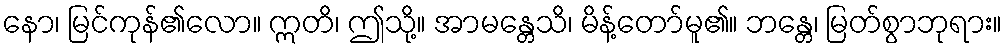
နော၊ မြင်ကုန်၏လော။ ဣတိ၊ ဤသို့။ အာမန္တေသိ၊ မိန့်တော်မူ၏။ ဘန္တေ၊ မြတ်စွာဘုရား။